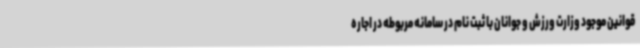
قوانین موجود وزارت ورزش و جوانان با ثبت نام در سامانه مربوطه در اجاره